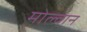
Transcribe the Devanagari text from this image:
मोल्वान